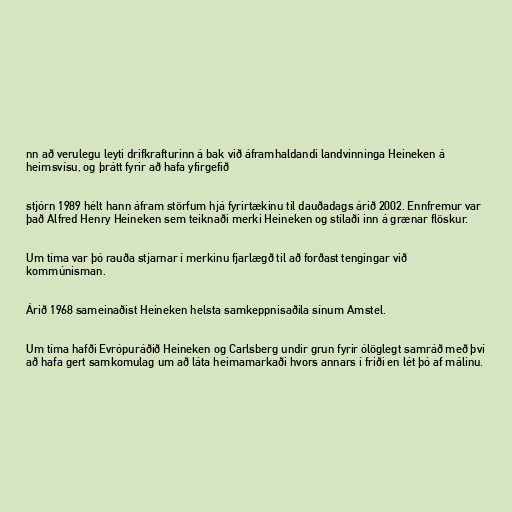
nn að verulegu leyti drifkrafturinn á bak við áframhaldandi landvinninga Heineken á
heimsvísu, og þrátt fyrir að hafa yfirgefið

stjórn 1989 hélt hann áfram störfum hjá fyrirtækinu til dauðadags árið 2002. Ennfremur var
það Alfred Henry Heineken sem teiknaði merki Heineken og stílaði inn á grænar flöskur.

Um tíma var þó rauða stjarnar í merkinu fjarlægð til að forðast tengingar við
kommúnisman.

Árið 1968 sameinaðist Heineken helsta samkeppnisaðila sínum Amstel.

Um tíma hafði Evrópuráðið Heineken og Carlsberg undir grun fyrir ólöglegt samráð með því
að hafa gert samkomulag um að láta heimamarkaði hvors annars í friði en lét þó af málinu.